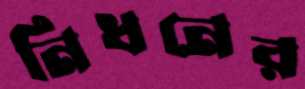
নিধনের